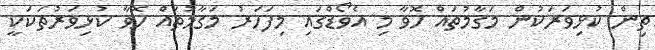
ތިން ކުޅިވަރަކުން މަގާމުތައް ހޮވާ މި އެވޯޑްގައި މިފަހަރު މަގާމުތައް ހޮވާ ކުޅިވަރުތަކަކީ